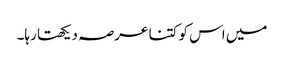
میں اس کو کتنا عرصہ دیکھتا رہا۔